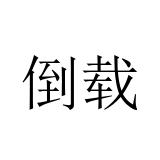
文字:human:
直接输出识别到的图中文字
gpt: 倒载